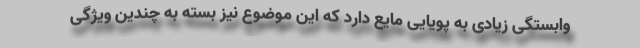
وابستگی زیادی به پویایی مایع دارد که این موضوع نیز بسته به چندین ویژگی